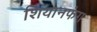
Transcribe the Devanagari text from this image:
शियानफंग